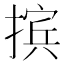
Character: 摈